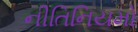
નીતિનિયમો